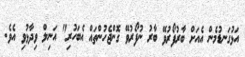
އަޅުގަނޑުމެން އެއަށް ބާރުފޯރުވޭ ބާރު ނުފޯރުވޭ ގޮންޖެހުންތައް އެބަހުރި" އަނިލް ވިދާޅުވި އެވެ.